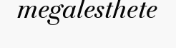
megalesthete